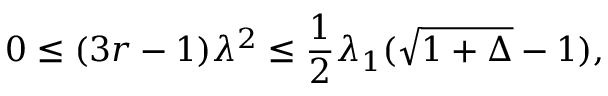
0 \le ( 3 r - 1 ) \lambda ^ { 2 } \le { \frac { 1 } { 2 } } \lambda _ { 1 } ( \sqrt { 1 + \Delta } - 1 ) ,